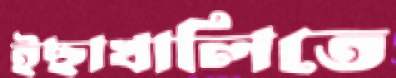
ইছাখালিতে